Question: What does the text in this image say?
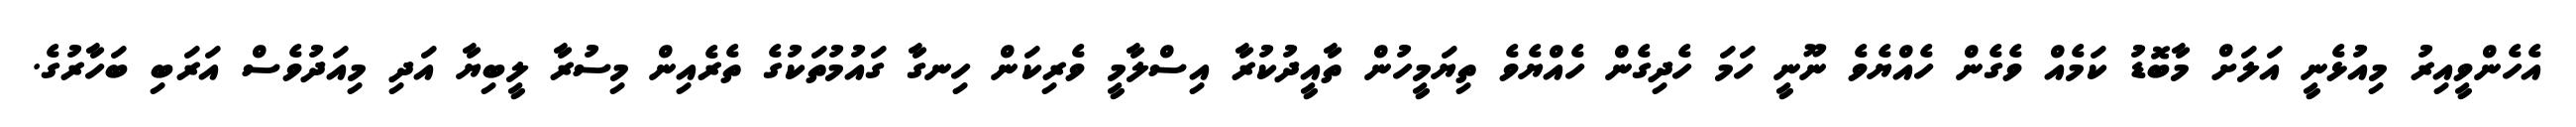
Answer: އެހެންވީއިރު މިއުޅެނީ އަލަށް މާބޮޑު ކަމެއް ވެގެން ހެއްޔެވެ ނޫނީ ހަމަ ހެދިގެން ހެއްޔެވެ ތިޔަމީހުން ތާއީދުކުރާ އިސްލާމީ ވެރިކަން ހިނގާ ގައުމުތަކުގެ ތެރެއިން މިސުރާ ލީބިޔާ އަދި މިއަދުވެސް އަރަބި ބަހާރުގެ.